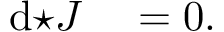
\begin{array} { r l } { \mathrm { d } { \star J } } & { { } = 0 . } \end{array}